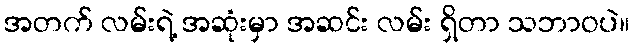
အတက် လမ်းရဲ့ အဆုံးမှာ အဆင်း လမ်း ရှိတာ သဘာဝပဲ။